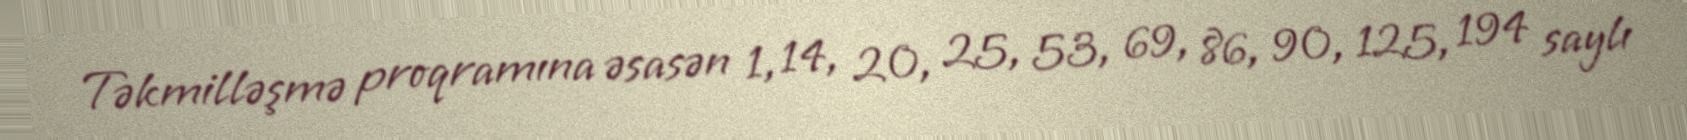
Təkmilləşmə proqramına əsasən 1, 14, 20, 25, 53, 69, 86, 90, 125, 194 saylı